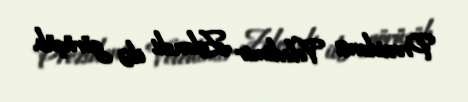
Prezidenti Volodimir Zelenski ilə görüşüb.